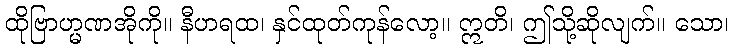
ထိုဗြာဟ္မဏအိုကို။ နီဟရထ၊ နှင်ထုတ်ကုန်လော့။ ဣတိ၊ ဤသို့ဆိုလျက်။ သော၊